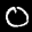
Label: 0